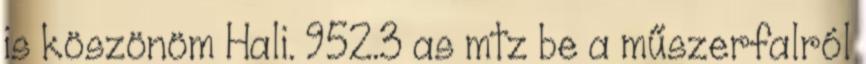
is köszönöm Hali. 952.3 as mtz be a műszerfalról